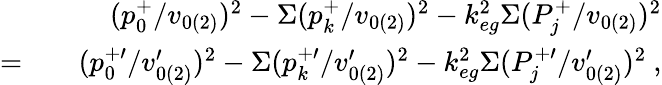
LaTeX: \begin{array}{rlr}&{}&{(p_{0}^{+}/v_{0(2)})^{2}-\Sigma(p_{k}^{+}/v_{0(2)})^{2}-k_{eg}^{2}\Sigma(P_{j}^{+}/v_{0(2)})^{2}}\\ {=}&{}&{(p_{0}^{+\prime}/v_{0(2)}^{\prime})^{2}-\Sigma(p_{k}^{+\prime}/v_{0(2)}^{\prime})^{2}-k_{eg}^{2}\Sigma(P_{j}^{+\prime}/v_{0(2)}^{\prime})^{2}~,}\end{array}